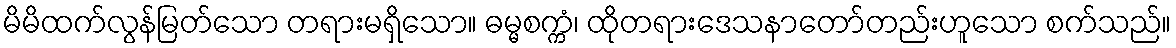
မိမိထက်လွန်မြတ်သော တရားမရှိသော။ ဓမ္မစက္ကံ၊ ထိုတရားဒေသနာတော်တည်းဟူသော စက်သည်။